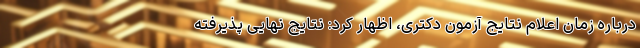
درباره زمان اعلام نتایج آزمون دکتری، اظهار کرد: نتایج نهایی پذیرفته